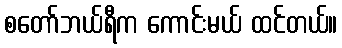
စတော်ဘယ်ရီက ကောင်းမယ် ထင်တယ်။